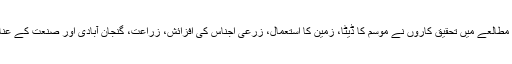
اُن کے معیار کے مطابق، مطالعے میں تحقیق کاروں نے موسم کا ڈیٹا، زمین کا استعمال، زرعی اجناس کی افزائش، زراعت، گنجان آبادی اور صنعت کے عناصر کو مدِ نظر رکھا ہے۔